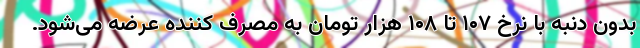
بدون دنبه با نرخ ۱۰۷ تا ۱۰۸ هزار تومان به مصرف کننده عرضه می‌شود.